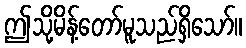
ဤသို့မိန့်တော်မူသည်ရှိသော်။